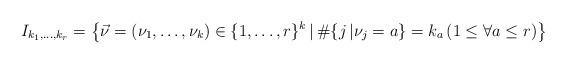
LaTeX: \begin{align*}I_{k_{1}, \ldots , k_{r}}=\left\{ \vec{\nu}=(\nu_{1}, \ldots , \nu_{k}) \in \{1, \ldots , r\}^{k} \, | \, \#\{j \, | \nu_{j}=a\}=k_{a} \, (1\le \forall{a} \le r)\right\} \end{align*}